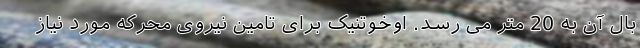
بال آن به 20 متر می رسد. اوخوتنیک برای تامین نیروی محرکه مورد نیاز